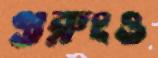
গুরুংও